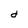
Character: d